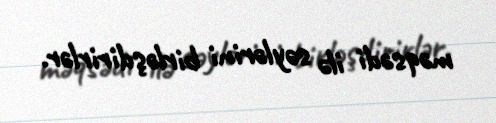
məqsədi ilə səylərini birləşdirirlər.